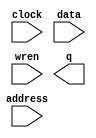
module pt_mem_final (
	address,
	clock,
	data,
	wren,
	q);

	input	[7:0]  address;
	input	  clock;
	input	[7:0]  data;
	input	  wren;
	output	[7:0]  q;
`ifndef ALTERA_RESERVED_QIS
// synopsys translate_off
`endif
	tri1	  clock;
`ifndef ALTERA_RESERVED_QIS
// synopsys translate_on
`endif

endmodule